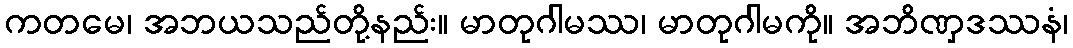
ကတမေ၊ အဘယသည်တို့နည်း။ မာတုဂါမဿ၊ မာတုဂါမကို။ အဘိဏှဒဿနံ၊